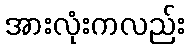
အားလုံးကလည်း